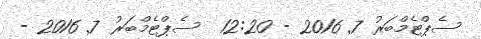
ސެޕްޓެމްބަރު 7